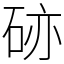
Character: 硛